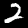
Label: 2